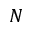
N